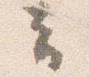
云